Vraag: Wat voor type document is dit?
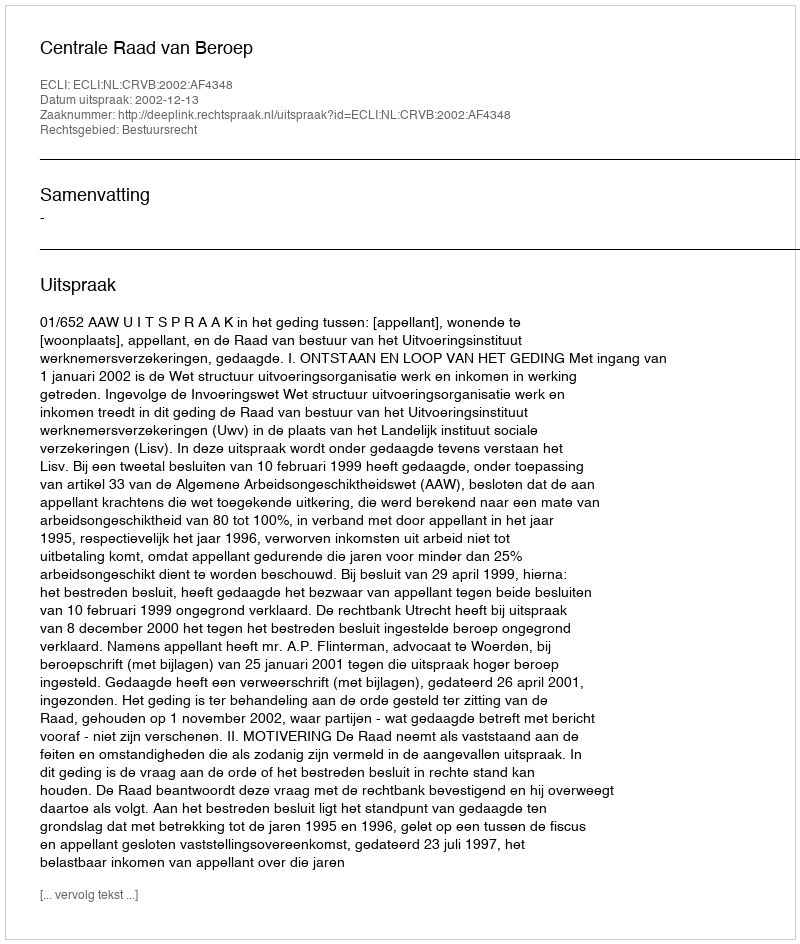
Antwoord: Uitspraak